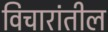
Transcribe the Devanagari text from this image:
विचारांतील